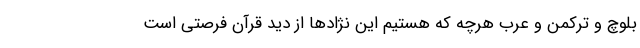
بلوچ و ترکمن و عرب هرچه که هستیم این نژادها از دید قرآن فرصتی است